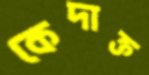
কেদাক্ত